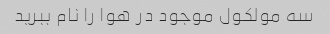
سه مولکول موجود در هوا را نام ببرید